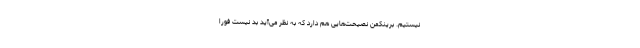
نیستیم. برینکمن نصیحت‌هایی هم دارد که به نظر می‌آید بد نیست فوراً